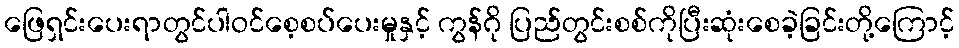
ဖြေရှင်းပေးရာတွင်ပါဝင်စေ့စပ်ပေးမှုနှင့် ကွန်ဂို ပြည်တွင်းစစ်ကိုပြီးဆုံးစေခဲ့ခြင်းတို့ကြောင့်